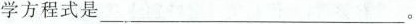
学方程式是___。